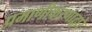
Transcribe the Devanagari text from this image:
प्रमाणीकरणाद्वारे